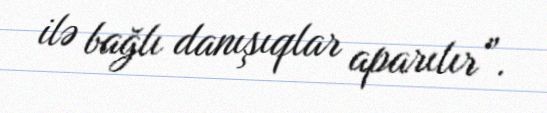
ilə bağlı danışıqlar aparılır”.